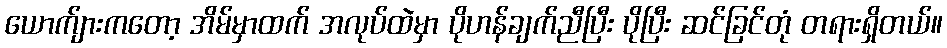
ယောက်ျားကတော့ အိမ်မှာထက် အလုပ်ထဲမှာ ပိုဟန်ချက်ညီပြီး ပိုပြီး ဆင်ခြင်တုံ တရားရှိတယ်။